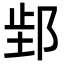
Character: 𬩿